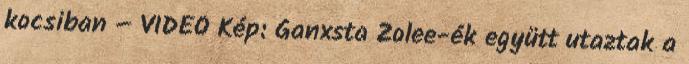
kocsiban – VIDEÓ Kép: Ganxsta Zolee-ék együtt utaztak a